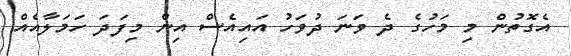
އެގޮތުން މި މަހުގެ ދެ ވަނަ ދުވަހު އައިއެސް އިން މިފަދަ ހަމަލާއެއް